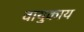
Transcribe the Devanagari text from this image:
वायुकाय